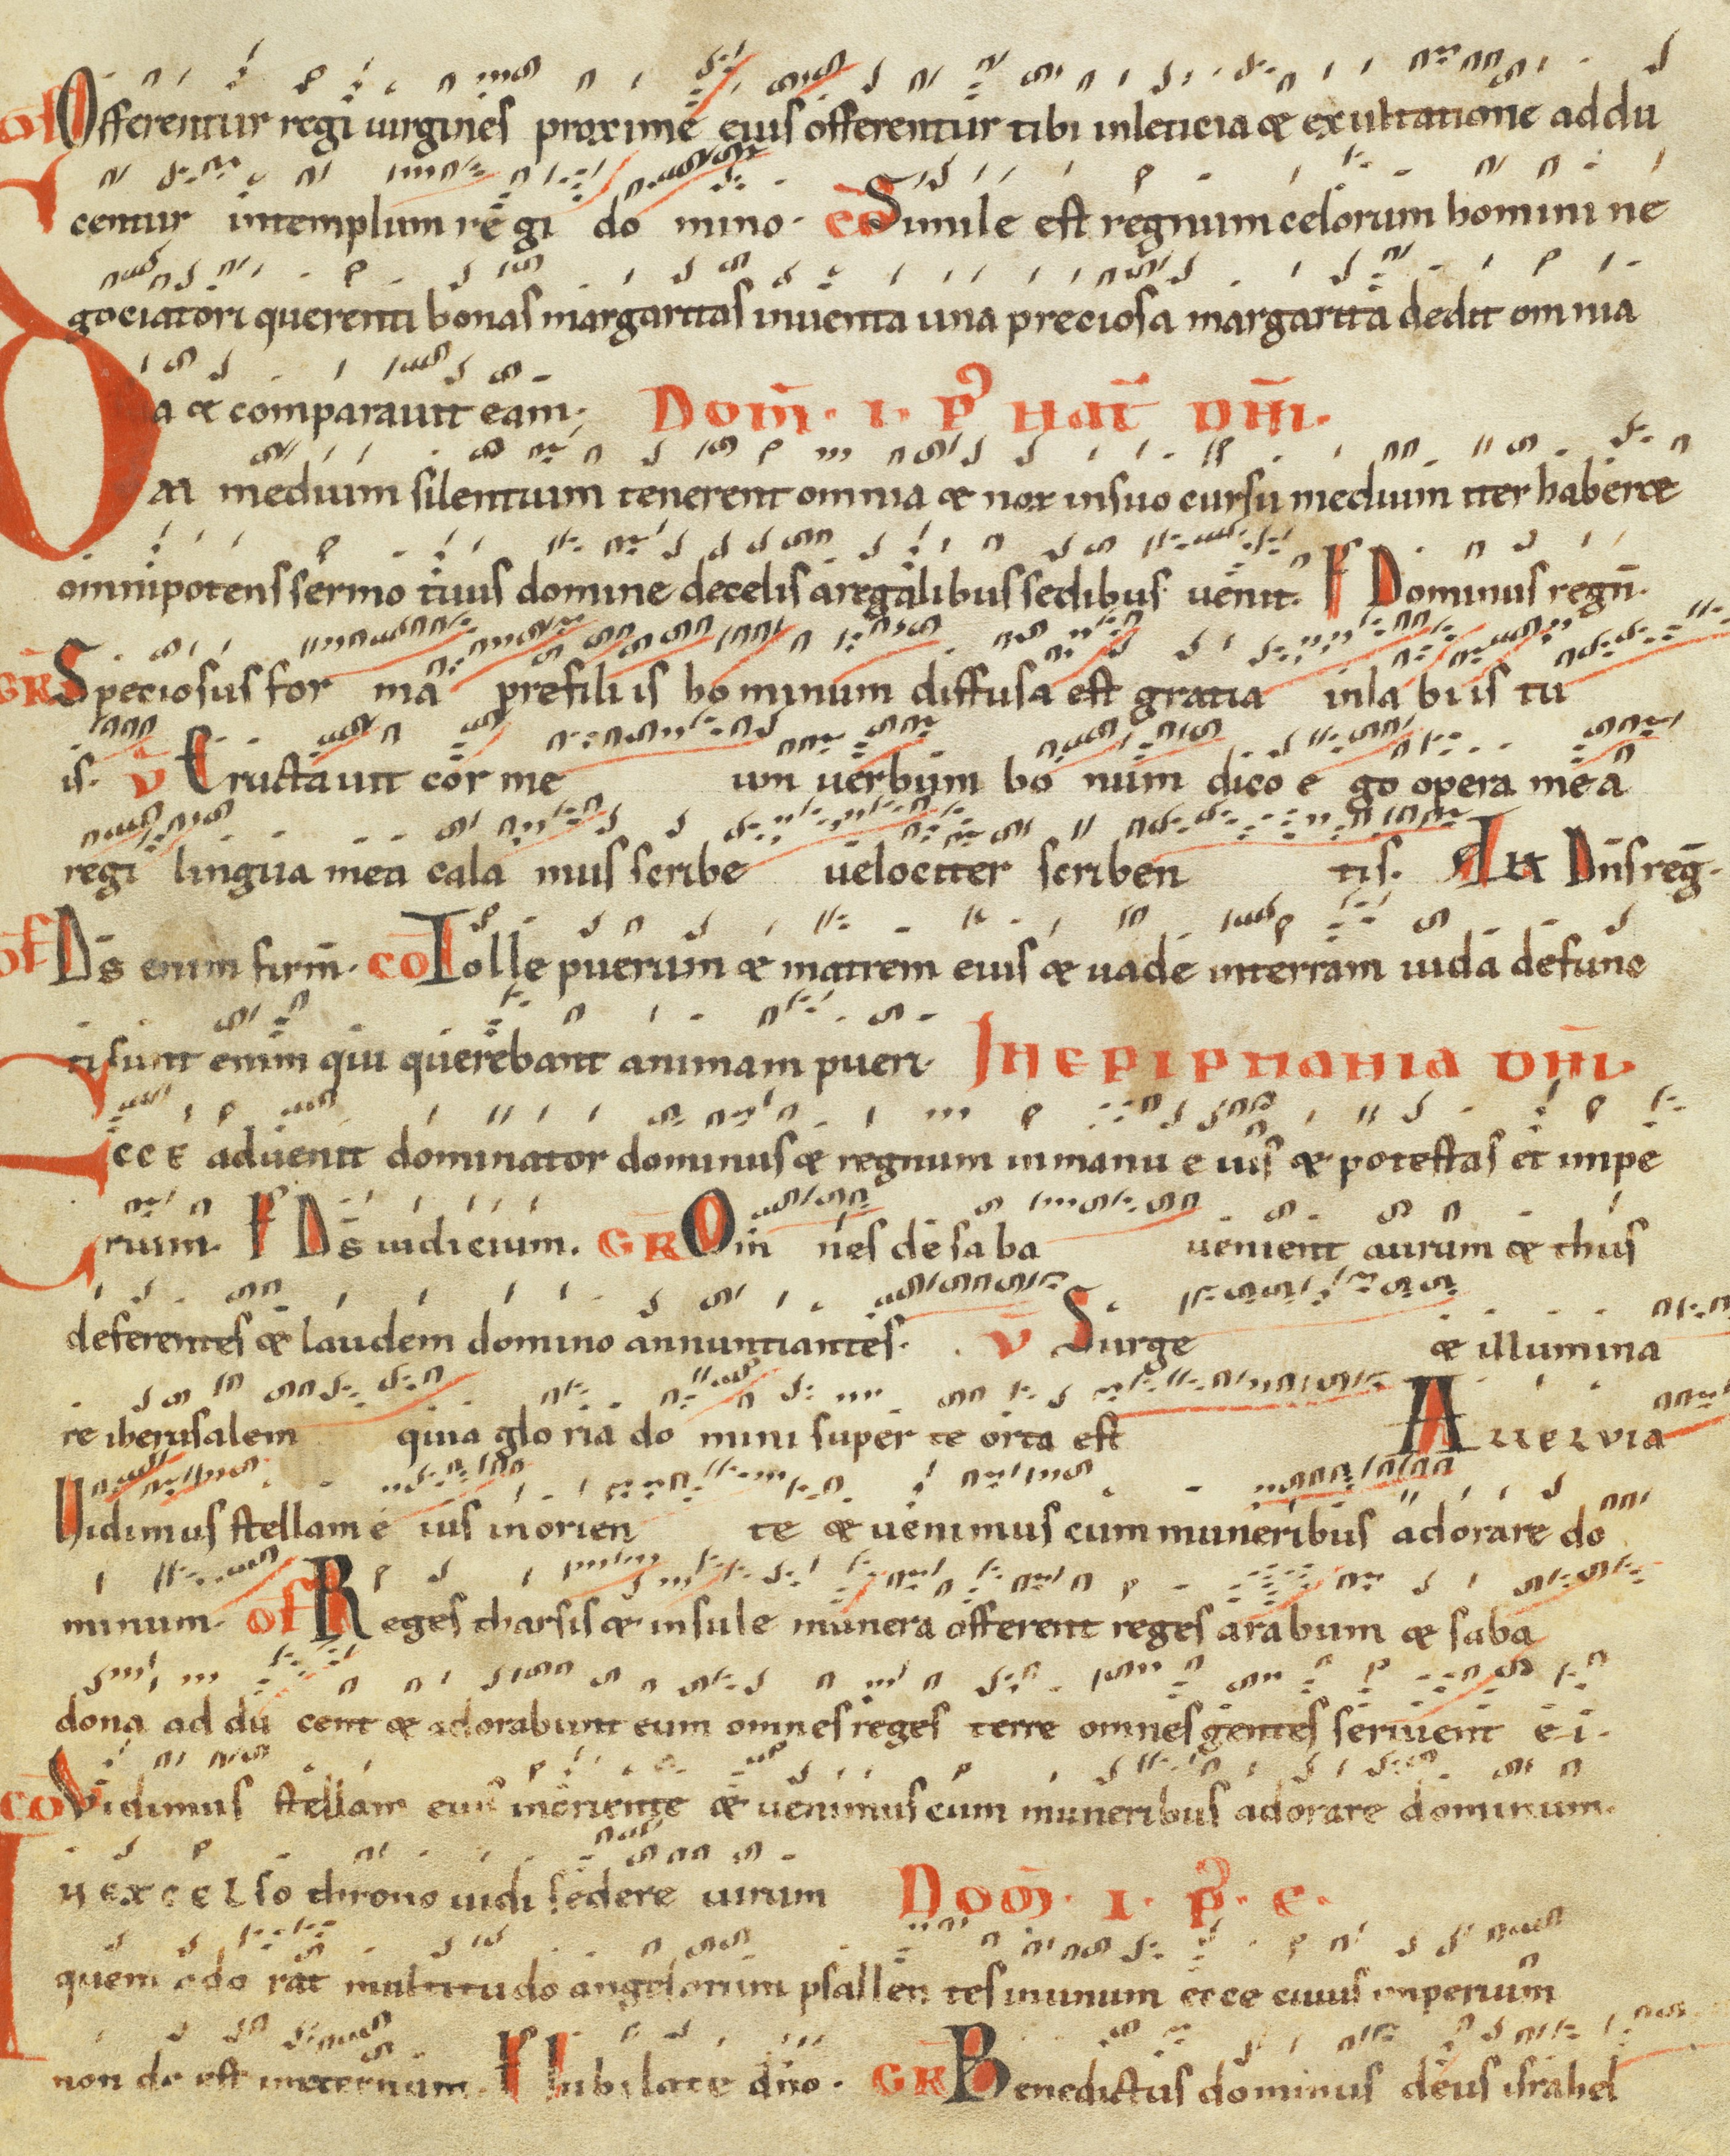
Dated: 1100–1199